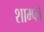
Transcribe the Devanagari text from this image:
शाम्प्लें